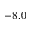
- 8 . 0